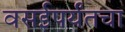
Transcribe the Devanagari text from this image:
वसईपर्यंतचा